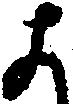
よ